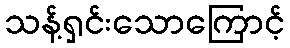
သန့်ရှင်းသောကြောင့်